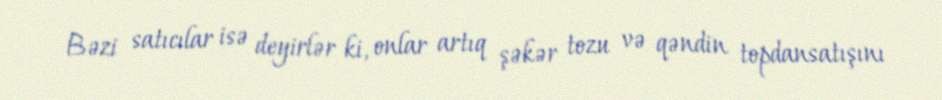
Bəzi satıcılar isə deyirlər ki, onlar artıq şəkər tozu və qəndin topdansatışını